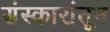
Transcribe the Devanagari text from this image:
संस्कारांतून